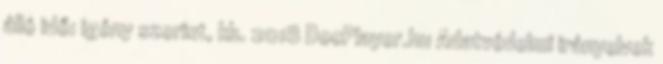
álló idő: igény szerint, kb. 2018 DocPlayer.hu Adatvédelmi irányelvek